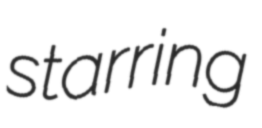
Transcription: starring